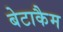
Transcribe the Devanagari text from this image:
बेटाकैम